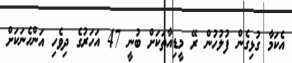
އެކަމާ ގުޅިގެން ފުލުހުން ރޭ މީޑިއާތަކަށް ބުނީ 47 އަހަރުގެ ދިވެހި އަންހެނަކަށް